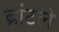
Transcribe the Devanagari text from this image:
ब्रांटले